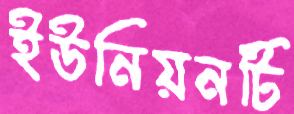
ইউনিয়নটি